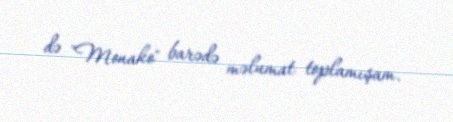
də "Monako" barədə məlumat toplamışam.